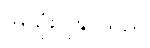
အသုံးပြုနိုင်သည်